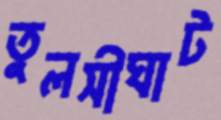
তুলসীঘাট